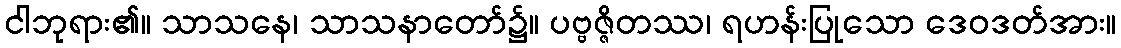
ငါဘုရား၏။ သာသနေ၊ သာသနာတော်၌။ ပဗ္ဗဇ္ဇိတဿ၊ ရဟန်းပြုသော ဒေဝဒတ်အား။